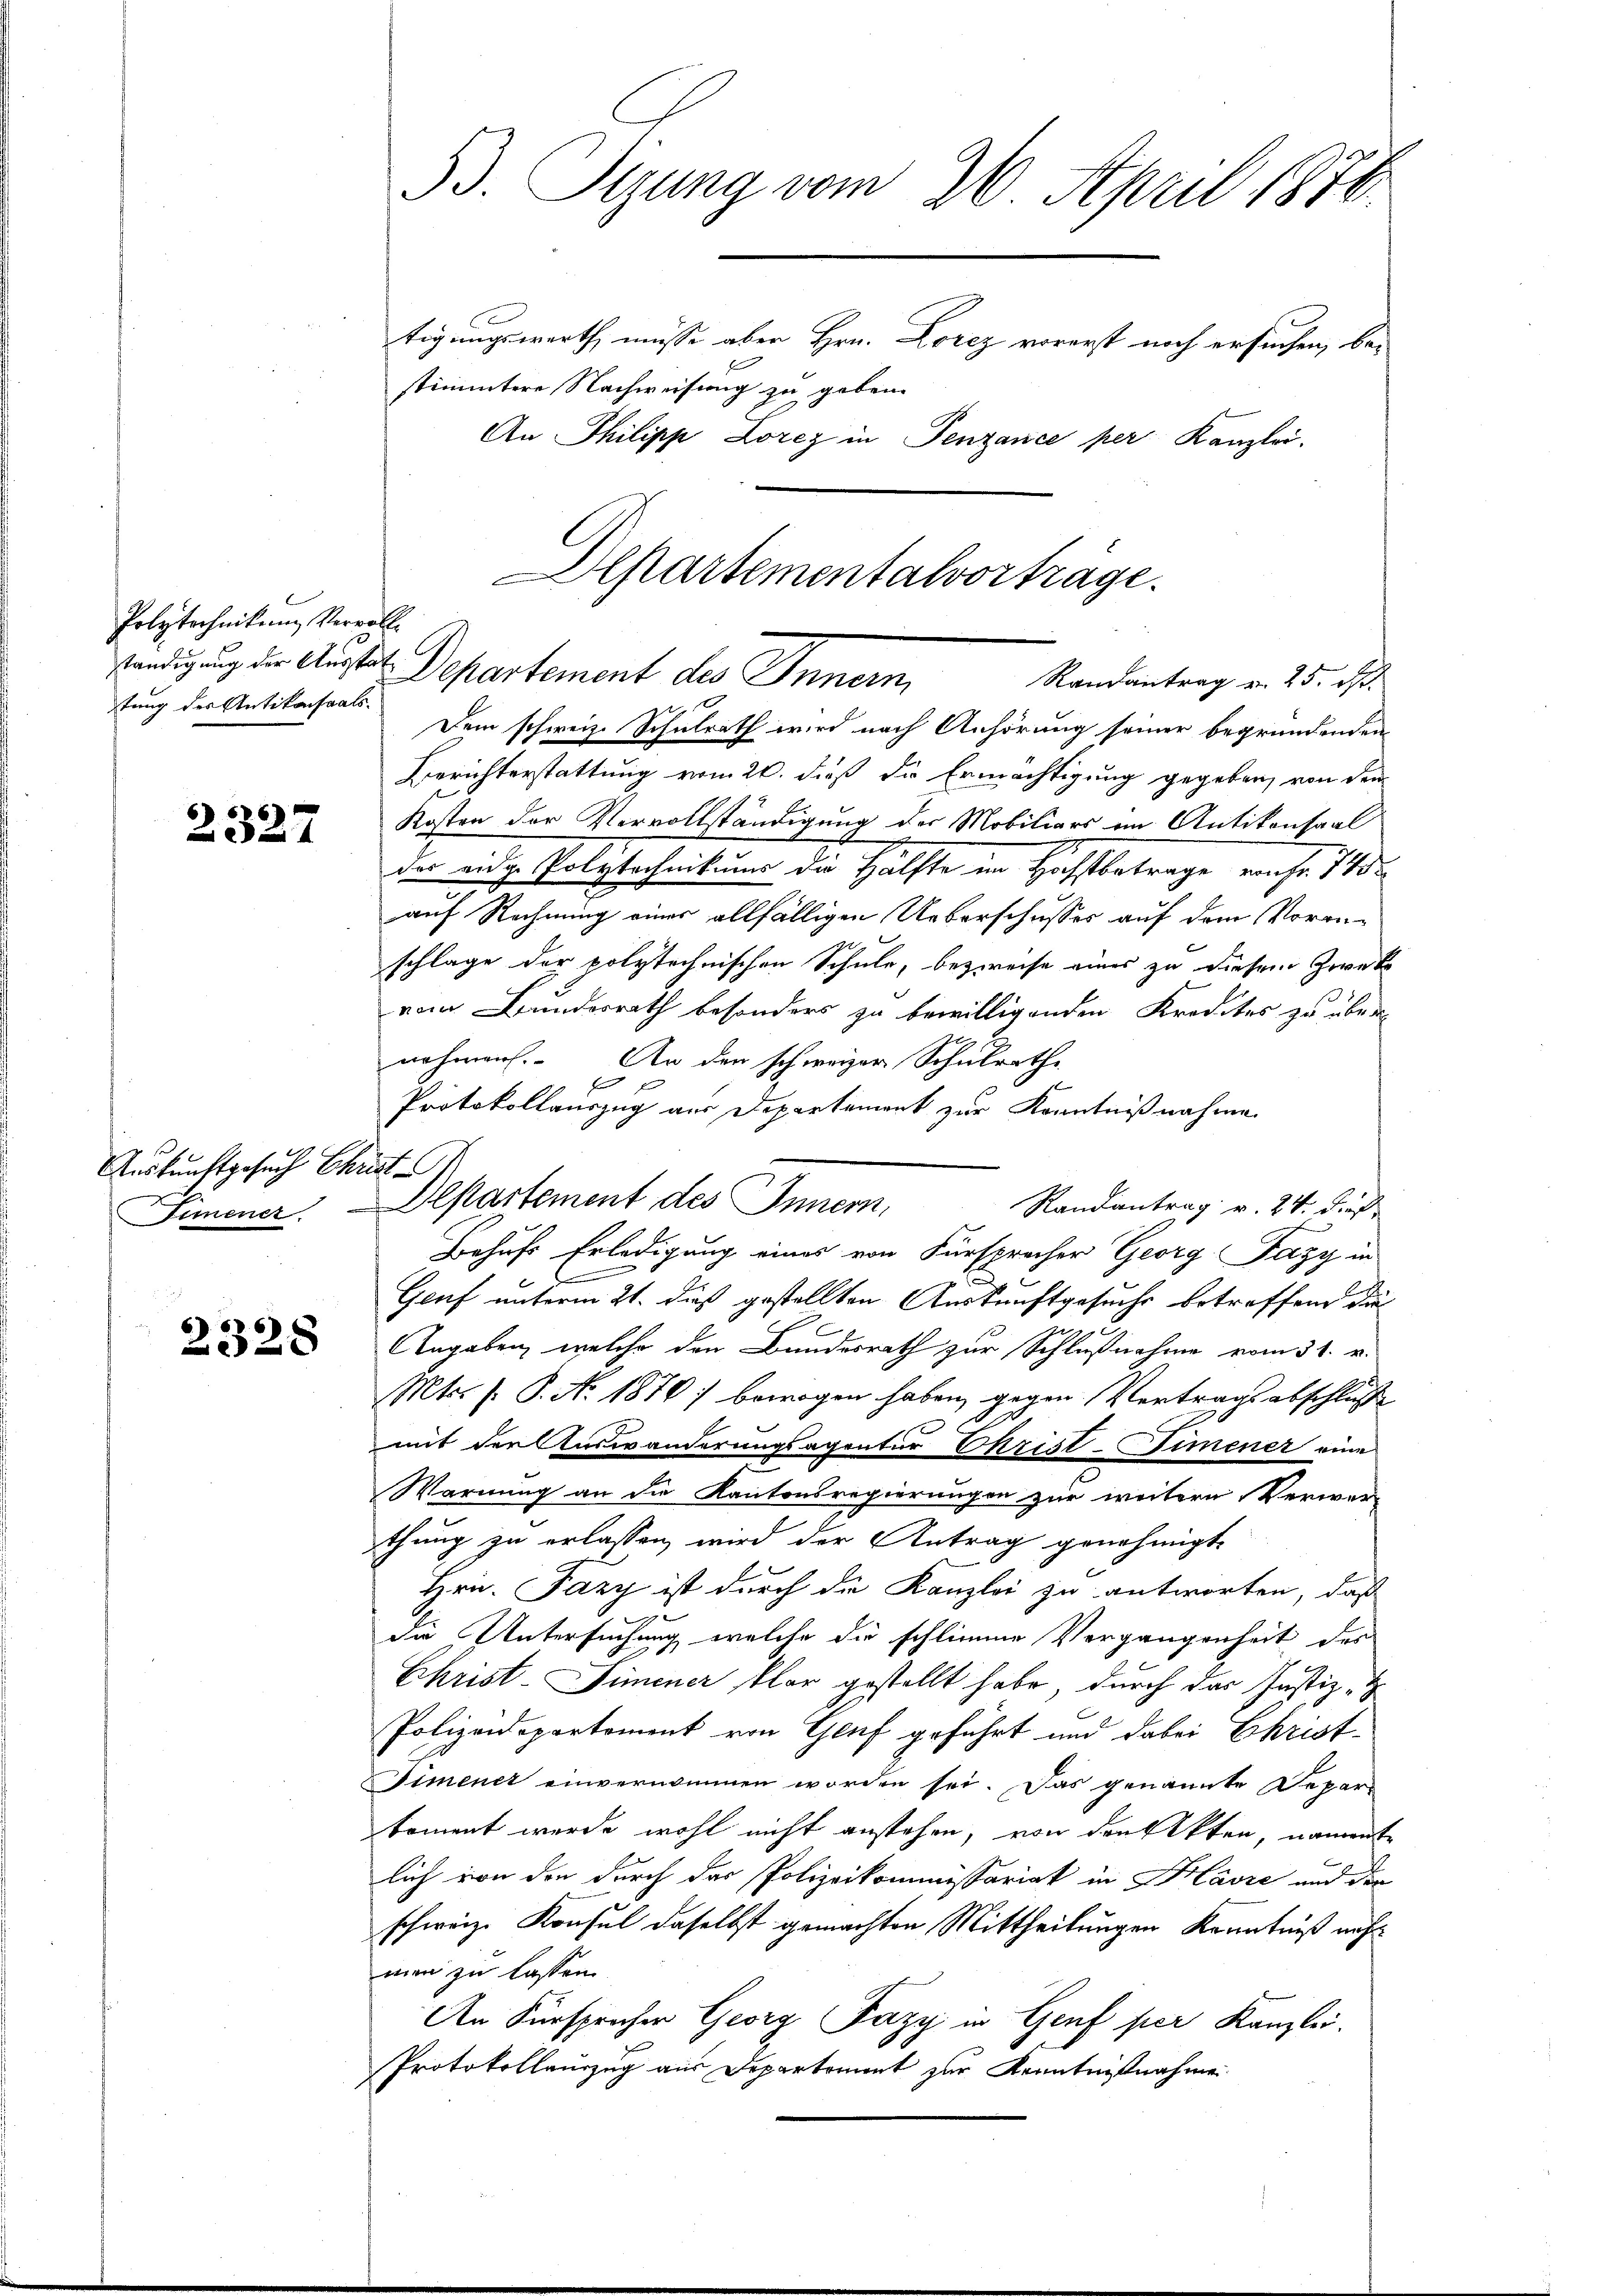
Polytechnikum Vervollstung des Antikonsaals.

58
a

Auskunftgesuch Christ

2328

53. Tizung vom 26. April 1876.
tigungswerth müsse aber Hrn. Lorez vorerst noch ersuchen, bestimmtere Nachweisung zu geben.

An Philipp Lorez in Penzance per Kanzlei.
Dem schweiz. Schulrath wird nach Anhörung seiner begründenden
Berichterstattung vom 20. dieß die Ermächtigung gegeben, von dem
Kosten der Vervollständigung der Mobiliars im Antikonsaal
der eidge Polytechnikums die Hälfte im Höchstbetrage von fr. 745
auf Rechnung eines allfälligen Ueberschusses auf dem Voranschlage der polytechnischen Schule, bezweife eines zu diesem Zweck
vom Bundesrath besonders zu bewilligenden Kredites zu über
nahmen. An den schweizer Schulrathe
f
f
Protokollauszug aus Departement zur Kenntnißnahme
Randantrag v. 24. d.
Fimener Alptartement des Innern,
Behufs Erledigung eines von Fürspracher Georg Fazy in
E
Genf unterm 21. dieß gestellten Auskunftgesuche betreffend die
Angaben, welche den Bundesrath zur Schlußnahme vom 31. v.
Mts. s. S. No. 1870 bewogen haben, gegen Vertragsabschluß
mit der Auswanderungsagentur Christ-Fimener eine
Warnung an die Kantonsregierungen zur weitern Verwer-
thung zu erlassen wird der Antrag genehmigt.
Hrn. Fary ist durch die Kanzlei zu antworten, daß
die Untersuchung welche die schlimme Vergangenheit des
Christ-Simener klar gestellt habe, durch das Justiz- &
Polizeidepartoment von Genf geführt und dabei Ehrist
Fimener einvernommen worden sei. Das genannte Depar-
koment wurde wohl nicht anstehen, von den Akten, namente
lich von den durch das Polizeikommissariat in Kasse und der
schweiz. Konsul daselbst gemachten Mittheilungen Kenntniß nicht
men zu lassen.
An Fürsprücher Georg Fazy in Genf per Kanzlei.
Protokollenzug aus Departement zur Kenntnißnahme

Alpartementalvorträge
ständigung der Ausset. Departement des Innern,
Randantrag v. 25. ds.